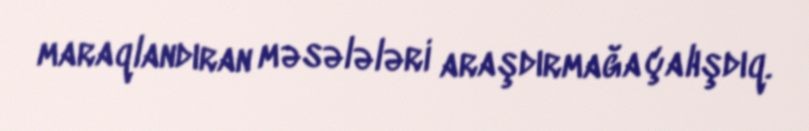
maraqlandıran məsələləri araşdırmağa çalışdıq.